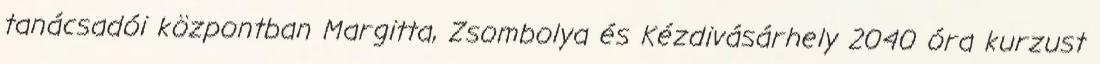
tanácsadói központban Margitta, Zsombolya és Kézdivásárhely 2040 óra kurzust